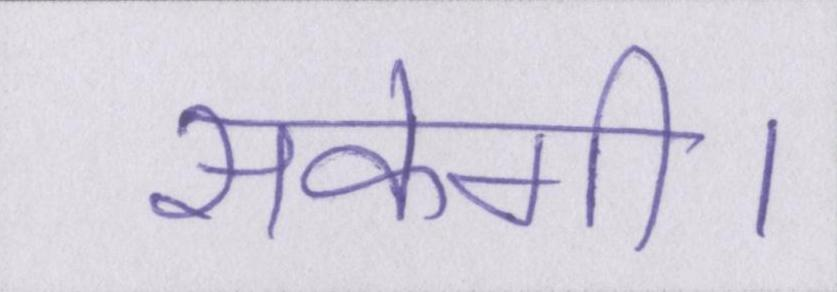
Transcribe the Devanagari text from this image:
सकेगी।